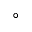
^ \circ